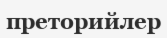
преторийлер